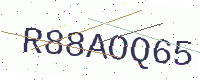
Text: R88AOQ65